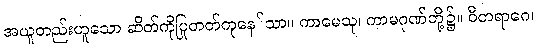
အယူတည်းဟူသော ဆိတ်ကိုပြုတတ်ကုနေ်သာ။ ကာမေသု၊ ကာမဂုဏ်တို့၌။ ဝီတရာဂေ၊